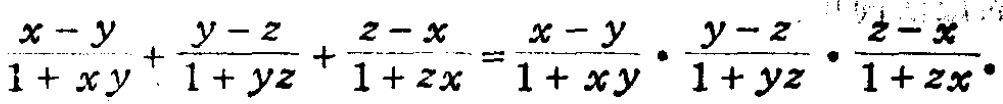
\(\frac{x - y}{1 + xy}+\frac{y - z}{1 + yz}+\frac{z - x}{1 + zx}=\frac{x - y}{1 + xy}\cdot\frac{y - z}{1 + yz}\cdot\frac{z - x}{1 + zx}\)